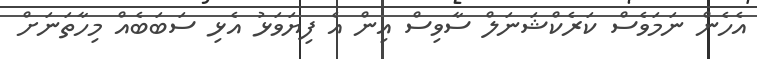
އެހެން ނަމަވެސް ކަރެކްޝަނަލް ސާވިސް އިން އެ ފިޔަވަޅު އެޅި ސަބަބެއް މިހާތަނަށް